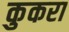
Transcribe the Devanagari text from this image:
कुकरा